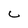
Character: c